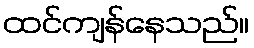
ထင်ကျန်နေသည်။